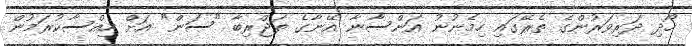
ހޯދި ދަރިވަރުންގެ ތެރޭގައި ހިމެނުނު އަންސާނާ އޭނާގެ ތަޖްރިބާ "ސަން" އަށް ހިއްސާކުރަމުން